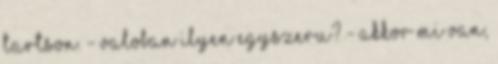
tartson. - valoban ilyen egyszeru? - Akkor mi van,